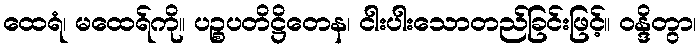
ထေရံ၊ မထေရ်ကို။ ပဉ္စပတိဋ္ဌိတေန၊ ငါးပါးသောတည်ခြင်းဖြင့်။ ဝန္ဒိတွာ၊